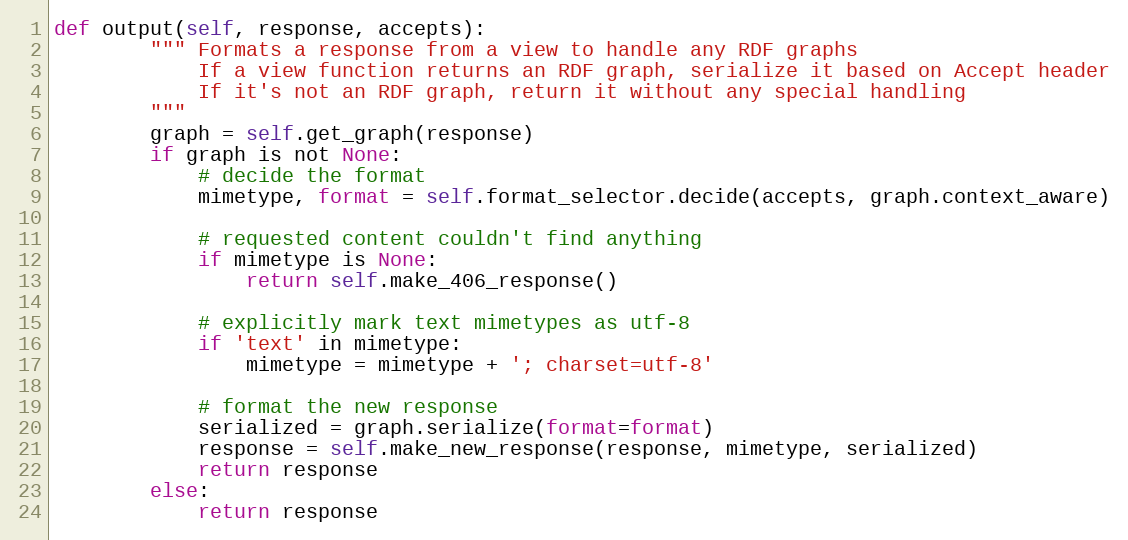
Language: Python
def output(self, response, accepts):
		""" Formats a response from a view to handle any RDF graphs
		    If a view function returns an RDF graph, serialize it based on Accept header
		    If it's not an RDF graph, return it without any special handling
		"""
		graph = self.get_graph(response)
		if graph is not None:
			# decide the format
			mimetype, format = self.format_selector.decide(accepts, graph.context_aware)

			# requested content couldn't find anything
			if mimetype is None:
				return self.make_406_response()

			# explicitly mark text mimetypes as utf-8
			if 'text' in mimetype:
				mimetype = mimetype + '; charset=utf-8'

			# format the new response
			serialized = graph.serialize(format=format)
			response = self.make_new_response(response, mimetype, serialized)
			return response
		else:
			return response